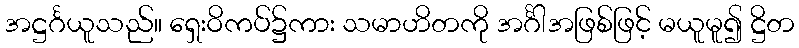
အဋ္ဌင်္ဂယူသည်။ ရှေးဝိကပ်၌ကား သမာဟိတကို အင်္ဂါအဖြစ်ဖြင့် မယူမူ၍ ဋ္ဌိတ